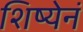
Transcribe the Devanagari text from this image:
शिष्येनं